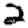
Digit: 2